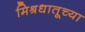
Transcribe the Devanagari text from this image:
मिश्रधातूच्या